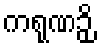
ကရုဏဉှိ